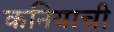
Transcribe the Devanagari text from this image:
कनियाची